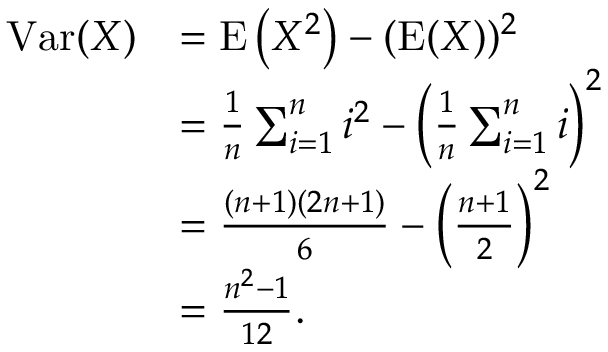
{ \begin{array} { r l } { \operatorname { V a r } ( X ) } & { = \operatorname { E } \left( X ^ { 2 } \right) - ( \operatorname { E } ( X ) ) ^ { 2 } } \\ & { = { \frac { 1 } { n } } \sum _ { i = 1 } ^ { n } i ^ { 2 } - \left( { \frac { 1 } { n } } \sum _ { i = 1 } ^ { n } i \right) ^ { 2 } } \\ & { = { \frac { ( n + 1 ) ( 2 n + 1 ) } { 6 } } - \left( { \frac { n + 1 } { 2 } } \right) ^ { 2 } } \\ & { = { \frac { n ^ { 2 } - 1 } { 1 2 } } . } \end{array} }